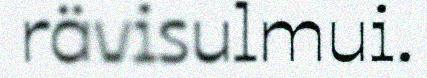
rävisulmui.